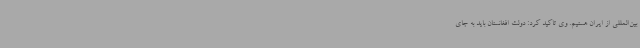
بین‌المللی از ایران هستیم. وی تاکید کرد: دولت افغانستان باید به جای